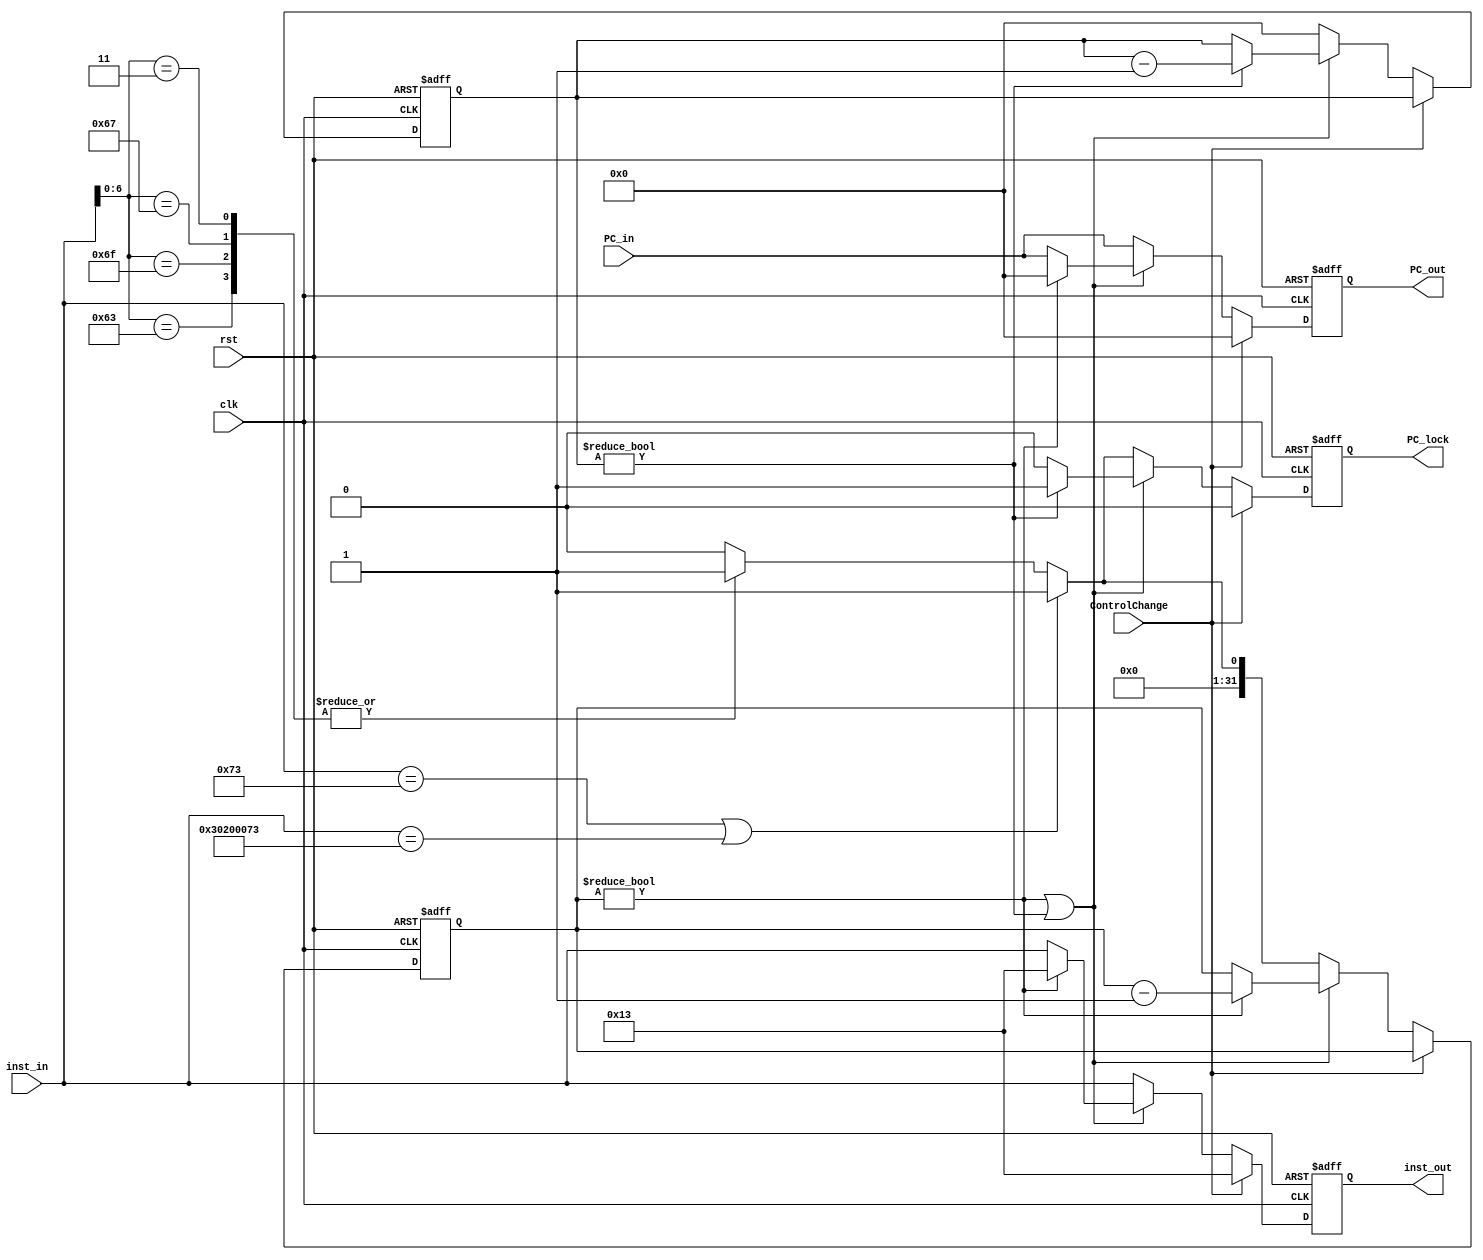
`timescale 1ns / 1ps
//////////////////////////////////////////////////////////////////////////////////
// Company: 
// Engineer: 
// 
// Design Name: 
// Module Name: ID_IF
// Project Name: 
// Target Devices: 
// Tool Versions: 
// Description: 
// 
// Dependencies: 
// 
// Revision:
// Revision 0.01 - File Created
// Additional Comments:
// 
//////////////////////////////////////////////////////////////////////////////////


module IF_ID(
input clk,
input rst,
input ControlChange,
input [31:0] PC_in,
input [31:0] inst_in,
output reg [31:0] PC_out,
output reg [31:0] inst_out,
output reg PC_lock
    );

reg [31:0] StallCounter, PClockCounter;

always @ (posedge clk or posedge rst)
begin
    if(rst)
    begin
        PC_out <= 32'b0;
        inst_out <= 32'b0;
        StallCounter <= 32'b0;
        PClockCounter <= 32'b0;
        PC_lock <= 1'b0;
    end
    
    else if(ControlChange)
    begin
        PC_out <= 32'b0;
        inst_out <= 32'h00000013;
        PC_lock <= 1'b0;
        StallCounter <= StallCounter;
        PClockCounter <= PClockCounter;
    end
    
    else if(StallCounter != 32'b0 || PClockCounter != 32'b0)
    begin
        if(StallCounter != 32'b0)
        begin
            PC_out <= 32'b0;
            inst_out <= 32'h00000013;
            StallCounter <= StallCounter - 32'b1;
        end
        else
        begin
            PC_out <= PC_in;
            inst_out <= inst_in;
            StallCounter <= StallCounter;
        end
        
        if(PClockCounter != 32'b0)
        begin
            PC_lock <= 1'b1;
            PClockCounter <= PClockCounter - 32'b1;
        end
            
        else
        begin
            PC_lock <= 1'b0;
            PClockCounter <= PClockCounter;
        end
    end    
    
    else if(inst_in[31:0] == 32'b00000000000000000000000001110011 || inst_in[31:0] == 32'b00110000001000000000000001110011)
    begin
        PC_lock <= 1'b1;
        PClockCounter <= 32'h0;
        StallCounter <= 32'h1;
        inst_out <= inst_in;
        PC_out <= PC_in;
    end
    
    else
    begin
        case(inst_in[6:0])
            7'b1100011:
            begin
                PC_lock <= 1'b1;
                PClockCounter <= 32'h0;
                StallCounter <= 32'h1;
                inst_out <= inst_in;
                PC_out <= PC_in;
            end
            
            7'b1101111:
            begin
                PC_lock <= 1'b1;
                PClockCounter <= 32'h0;
                StallCounter <= 32'h1;
                inst_out <= inst_in;
                PC_out <= PC_in;
            end
            
            7'b1100111:
            begin
                PC_lock <= 1'b1;
                PClockCounter <= 32'h0;
                StallCounter <= 32'h1;
                inst_out <= inst_in;
                PC_out <= PC_in;
            end
            
            7'b0000011:
            begin
                PC_lock <= 1'b1;
                PClockCounter <= 32'h0;
                StallCounter <= 32'h1;
                inst_out <= inst_in;
                PC_out <= PC_in;
            end
            
            default:
            begin
                PC_lock <= 1'b0;
                PClockCounter <= 32'h0;
                StallCounter <= 32'h0;
                inst_out <= inst_in;
                PC_out <= PC_in;
            end
        endcase
    end
end    


endmodule